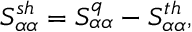
{ S _ { \alpha \alpha } ^ { s h } = S _ { \alpha \alpha } ^ { q } - S _ { \alpha \alpha } ^ { t h } } ,